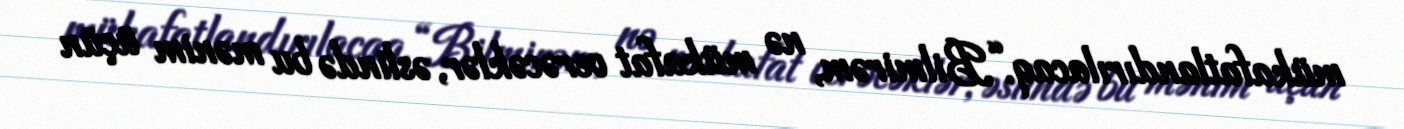
mükafatlandırılacaq.“Bilmirəm, nə mükafat verəcəklər, əslində bu mənim üçün